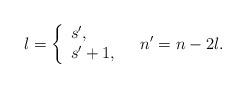
LaTeX: \begin{align*} l = \left\{ \begin{array}{l l} s', & \\ s'+1, & \end{array} \right. n'= n-2l. \end{align*}